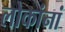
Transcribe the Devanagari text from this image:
लोकांनां